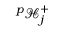
^ p \mathcal { H } _ { j } ^ { + }